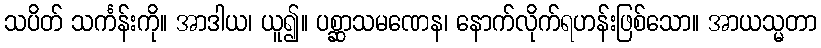
သပိတ် သင်္ကန်းကို။ အာဒါယ၊ ယူ၍။ ပစ္ဆာသမဏေန၊ နောက်လိုက်ရဟန်းဖြစ်သော။ အာယသ္မတာ